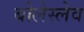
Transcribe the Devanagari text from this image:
बोलेस्लेव